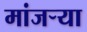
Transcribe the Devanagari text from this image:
मांजऱ्या